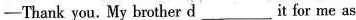
—Thank you. My brother d___it for me as